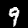
Label: 9